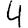
Digit: 4